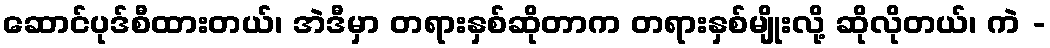
ဆောင်ပုဒ်စီထားတယ်၊ အဲဒီမှာ တရားနှစ်ဆိုတာက တရားနှစ်မျိုးလို့ ဆိုလိုတယ်၊ ကဲ -